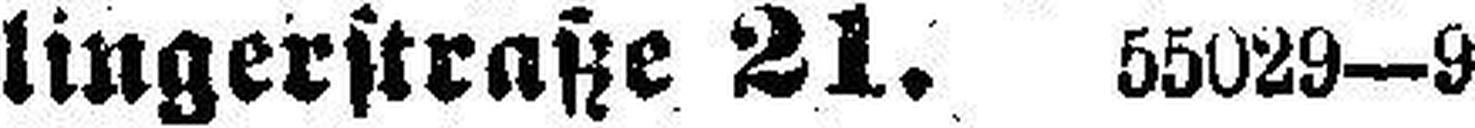
lingerstraße 21. 55029—9